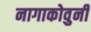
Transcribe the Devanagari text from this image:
नागाकोवुनी